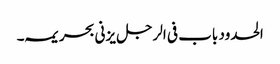
الحدود باب فی الرجل یزنی بحریمہ ۔